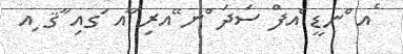
ެއ ްނޑީ ެއފް ސަދަ ްނ ޭއރި ާއ ަގއި ާޤ ިއ